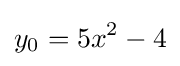
y_{0}=5x^{2}-4